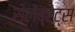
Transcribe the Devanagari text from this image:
सेलेब्रेट्स